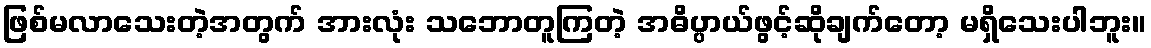
ဖြစ်မလာသေးတဲ့အတွက် အားလုံး သဘောတူကြတဲ့ အဓိပ္ပာယ်ဖွင့်ဆိုချက်တော့ မရှိသေးပါဘူး။